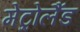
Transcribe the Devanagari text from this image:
मेट्रोलैंड